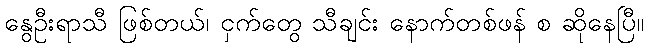
နွေဦးရာသီ ဖြစ်တယ်၊ ငှက်တွေ သီချင်း နောက်တစ်ဖန် စ ဆိုနေပြီ။